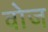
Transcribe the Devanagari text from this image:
वोज